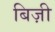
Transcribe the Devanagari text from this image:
बिज़ी